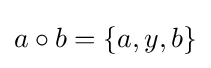
a\circ b=\{a,y,b\}